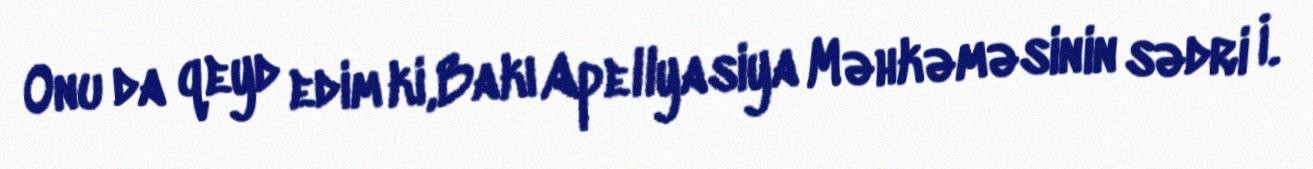
Onu da qeyd edim ki,Bakı Apellyasiya Məhkəməsinin sədri İ.